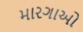
મારગાઓ